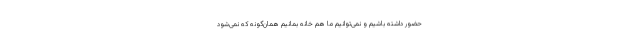
حضور داشته باشیم و نمی‌توانیم ما هم خانه بمانیم همان‌گونه که نمی‌شود